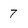
Character: 7